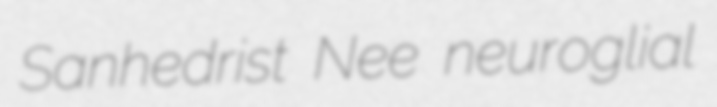
Sanhedrist Nee neuroglial